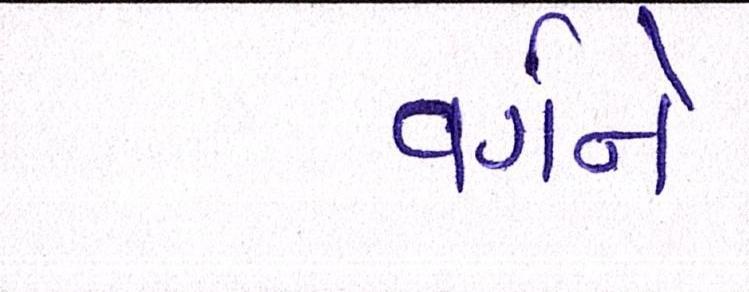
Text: વર્ગને